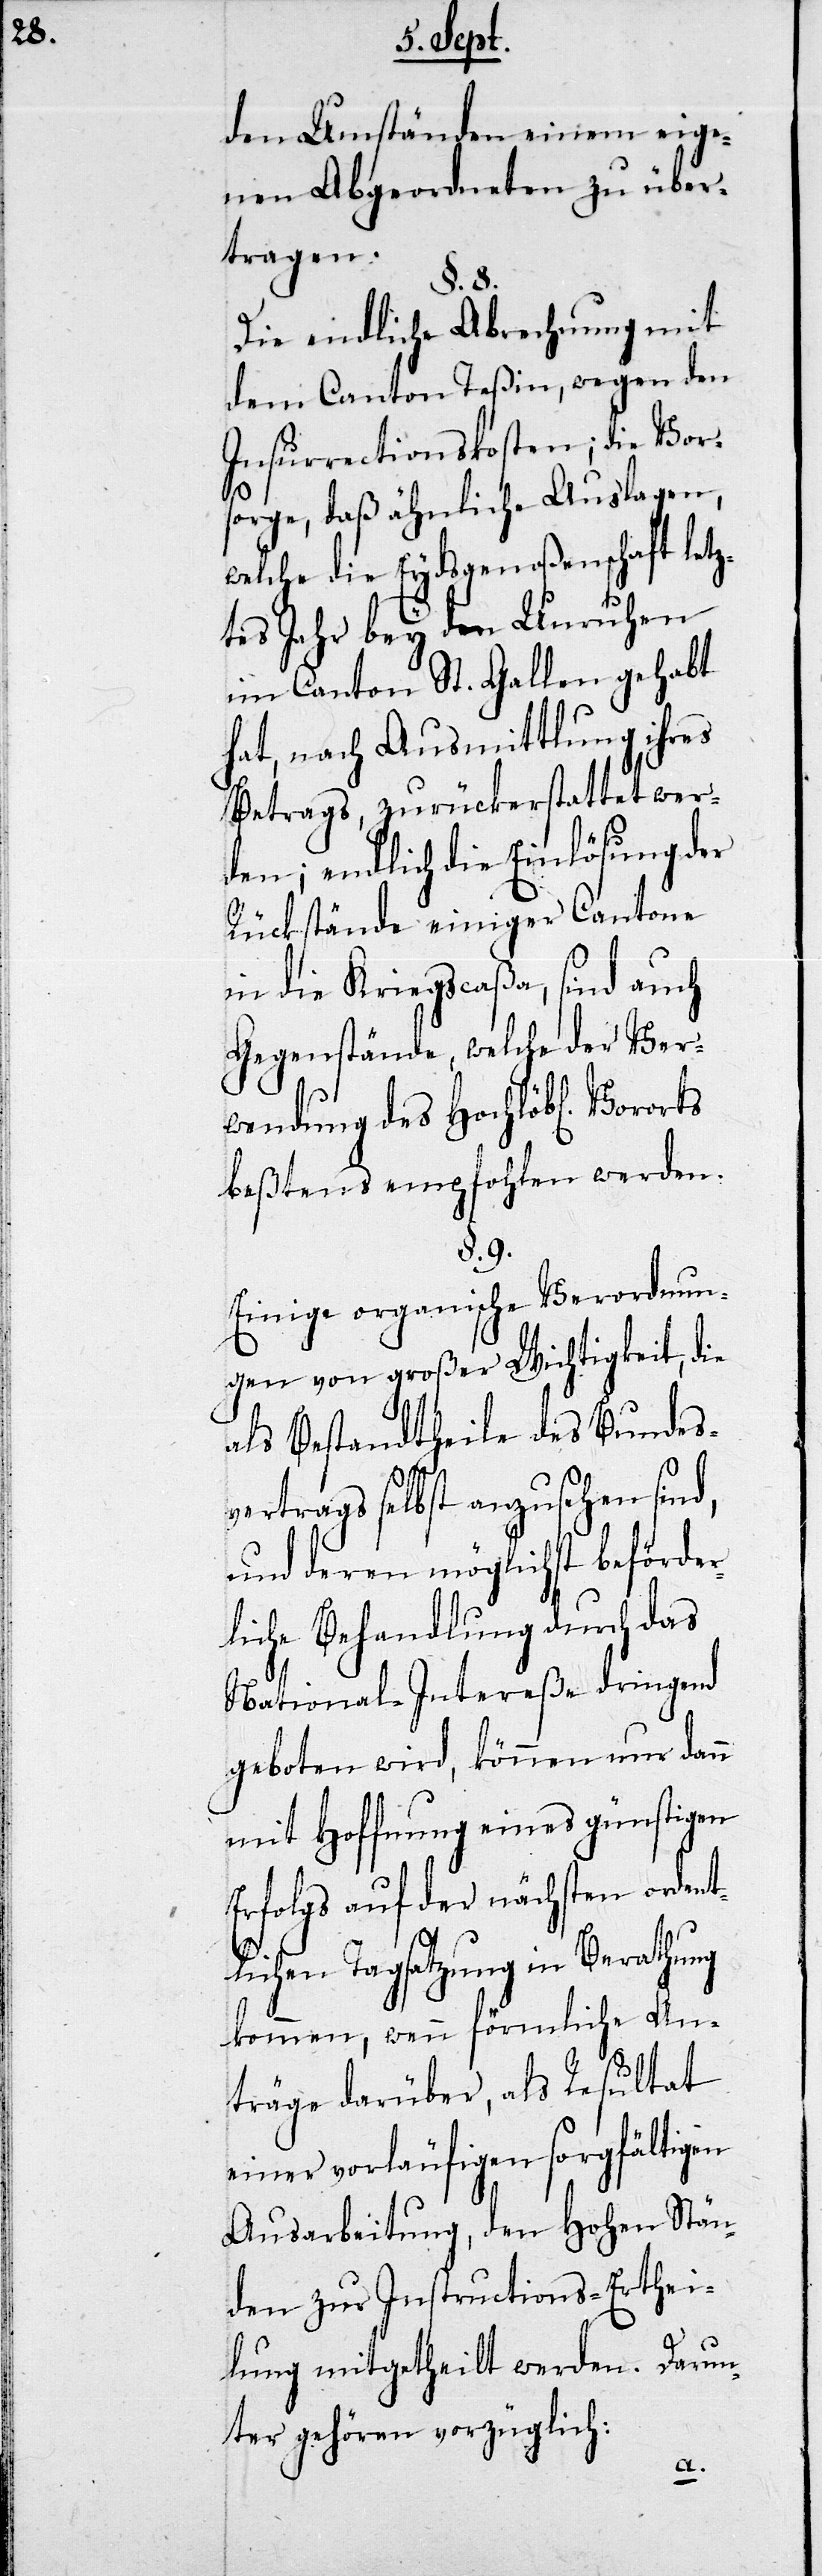
den Umständen einem eige¬
nen Abgeordneten zu über¬
tragen.
§. 8.
Die endliche Anrechnung mit
dem Canton Teßin, wegen den
Insurrectionskosten, die Vor¬
sorge, daß ähnliche Auslagen,
welche die Eydsgenoßenschaft let¬
ztes Jahr bey den Unruhen
im Canton St. Gallen gehabt
hat, nach Ausmittlung ihres
Betrags, zurückerstattet wer¬
den; endlich die Einlösung der
Rückstände einiger Cantone
in die Kriegscaßa, sind auch
Gegenstände, welche der Ver¬
wendung des Hochlöbl. Vororts
beßtens empfohlen werden.
§. 9.
Einige organische Verordnun¬
gen von großer Wichtigkeit, die
als Bestandtheile des Bundes¬
vertrags selbst anzusehen sind,
und deren möglichste beförder¬
liche Behandlung durch das
National-Intereße dringend
geboten wird, können nur dann
mit Hoffnung eines günstigen
Erfolgs auf der nächsten ordent¬
ichen Tagsatzung in Berathung
kommen, wenn förmliche An¬
träge darüber, als Resultat
einer vorläufigen sorgfältigen
Ausarbeitung, den Hohen Stän¬
den zur Instructions-Erthei¬
lung mitgetheilt werden. Darun¬
ter gehören vorzüglich:
l¬